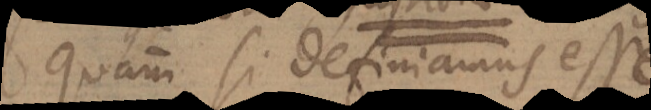
quam si definiamus esse